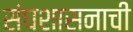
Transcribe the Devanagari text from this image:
संघशासनाची